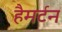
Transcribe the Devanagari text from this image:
हैमर्टन